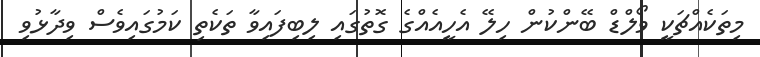
މިތަކެއްޗަކީ ވޯލްޑް ބޭންކުން ހިލޭ އެހީއެއްގެ ގޮތުގައި ލިބިފައިވާ ތަކެތި ކަމުގައިވެސް ވިދާޅުވި